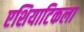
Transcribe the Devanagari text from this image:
एशियाटिकला